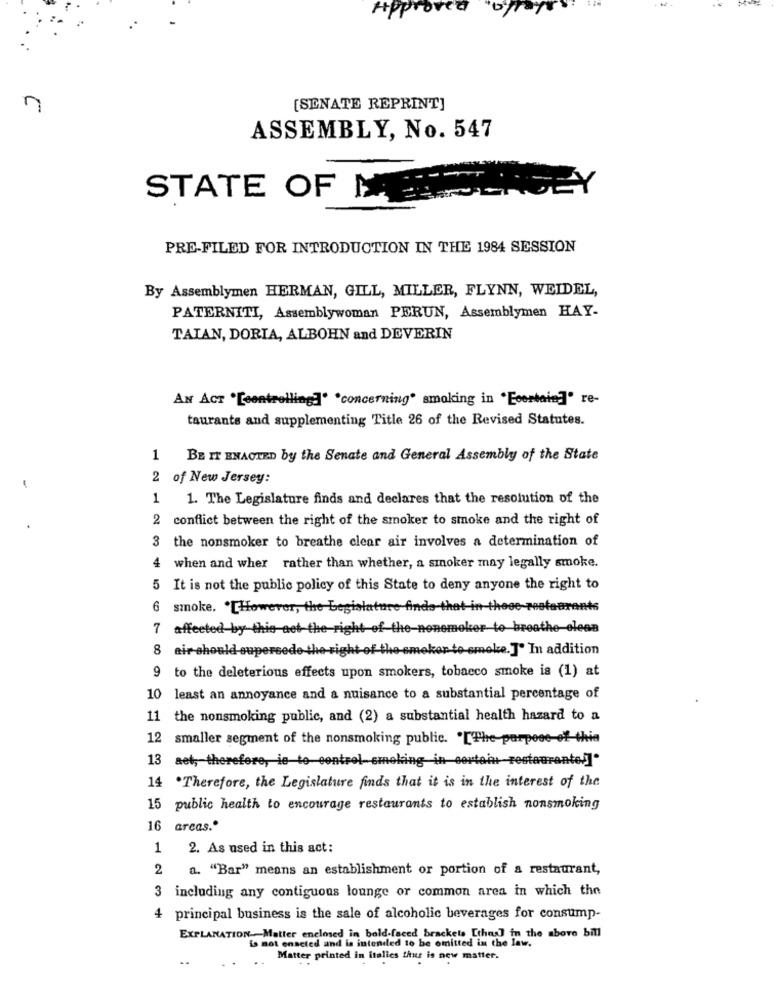
Approved
n
[SENATE REPRINT]
ASSEMBLY, No. 547
STATE OF MEER
PRE-FILED FOR INTRODUCTION IN THE 1984 SESSION
By Assemblymen HERMAN, GILL, MILLER, FLYNN, WEIDEL,
PATERNITI, Assemblywoman PERUN, Assemblymen HAY-
TATAN, DORIA, ALBOHN and DEVERIN
AN ACT "[controlling]" "concerning" smoking in "Ecertain]" re-
taurants and supplementing Title 26 of the Revised Statutes.
BE IT ENACTED by the Senate and General Assembly of the State
2 of New Jersey:
1
1. The Legislature finds and declares that the resolution of the
2
conflict between the right of the smoker to smoke and the right of
3 the nonsmoker to breathe clear air involves a determination of
4 when and wher rather than whether, a smoker may legally smoke.
5 It is not the public policy of this State to deny anyone the right to
6 smoke. "[However, the Legislature finde-that in those-restaurants
7 affected by this act the right of the nonsmoker to breathe clean
8 air should supersede the right of the smoker to smoke. J' In addition
9 to the deleterious effects upon smokers, tobacco smoke is (1) at
10 least an annoyance and a nuisance to a substantial percentage of
11 the nonsmoking public, and (2) a substantial health hazard to a
12 smaller segment of the nonsmoking public. "[The purpose of this
13 aet, therefore, ie-to-control-smoking in certain restaurante.]"
14 .Therefore, the Legislature finds that it is in the interest of the
15
public health to encourage restaurants to establish nonsmoking
16 arcas."
1
2. As used in this act:
2
a. "Bar" means an establishment or portion of a restaurant,
3 including any contiguous lounge or common area in which the
4 principal business is the sale of alcoholic beverages for consump-
EXPLANATION- Matter enclosed in bald-faced brackets [thas] in the above bill
La mot enacted and is intended to be omitted in the law.
Matter printed in italics thus is new matter.